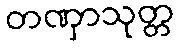
တဏှာသုတ္တ